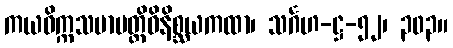
ကယဝိက္ကသမာပတ္တိဝိနိစ္ဆယကထာ၊ သင်္ဂဟ-ဋ္ဌ-၅၂၊ ၃၀၃။